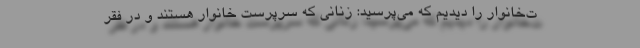
ت‌خانوار را ديديم كه مي‌پرسيد: زناني كه سرپرست خانوار هستند و در فقر